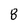
Character: 8